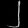
Digit: ၂